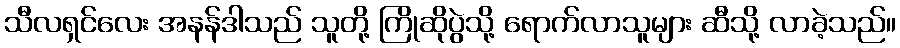
သီလရှင်လေး အနန်ဒါသည် သူတို့ ကြိုဆိုပွဲသို့ ရောက်လာသူများ ဆီသို့ လာခဲ့သည်။